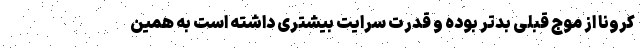
کرونا از موج قبلی بدتر بوده و قدرت سرایت بیشتری داشته است به همین